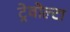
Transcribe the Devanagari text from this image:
ट्रेवोल्टा